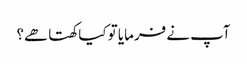
آپ نے فرمایا تو کیا کھتا ھے؟